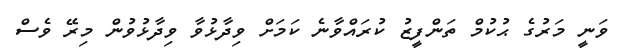
ވަނީ މަރުގެ ޙުކުމް ތަންފީޒު ކުރައްވާނެ ކަމަށް ވިދާޅުވާ ވިދާޅުވުން މިރޭ ވެސް